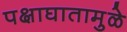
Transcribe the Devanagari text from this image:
पक्षाघातामुळे